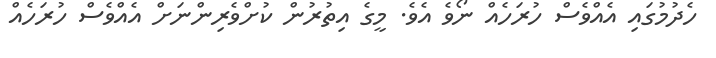
ހެދުމުގައި އެއްވެސް ހުރަހެއް ނޯވެ އެވެ. މީގެ އިތުރުން ކުށްވެރިންނަށް އެއްވެސް ހުރަހެއް